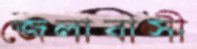
জেলাবাসী